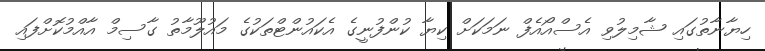
ހިޔާނާތުގައި ޝާމިލުވި އެސްއޯއެފް ނަމަކަށް ކިޔާ ކުންފުނީގެ އެކައުންޓްތަކުގެ މައުލޫމާތު ގާސިމް އާއްމުކޮށްފައި